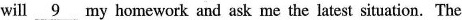
will \underline{9} my homework and ask me the latest situation. The